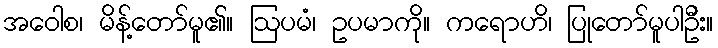
အဝေါစ၊ မိန့်တော်မူ၏။ ဩပမံ၊ ဥပမာကို။ ကရောဟိ၊ ပြုတော်မူပါဦး။